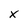
Character: x